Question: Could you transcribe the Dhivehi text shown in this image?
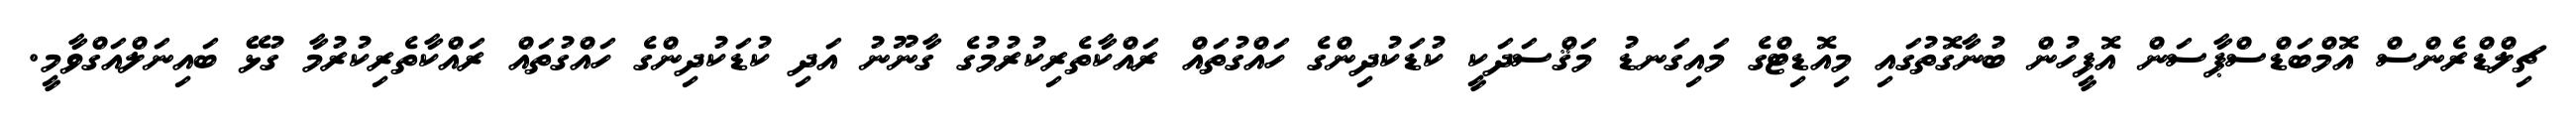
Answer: ޗިލްޑްރެންސް އޮމްބަޑްސްޕާސަން އޮފީހުން ބުނާގޮތުގައި މިއޮޑިޓްގެ މައިގަނޑު މަޤްސަދަކީ ކުޑަކުދިންގެ ހައްގުތައް ރައްކާތެރިކުރުމުގެ ގާނޫނު އަދި ކުޑަކުދިންގެ ހައްގުތައް ރައްކާތެރިކުރުމާ ގުޅޭ ބައިނަލްއަގްވާމީ.